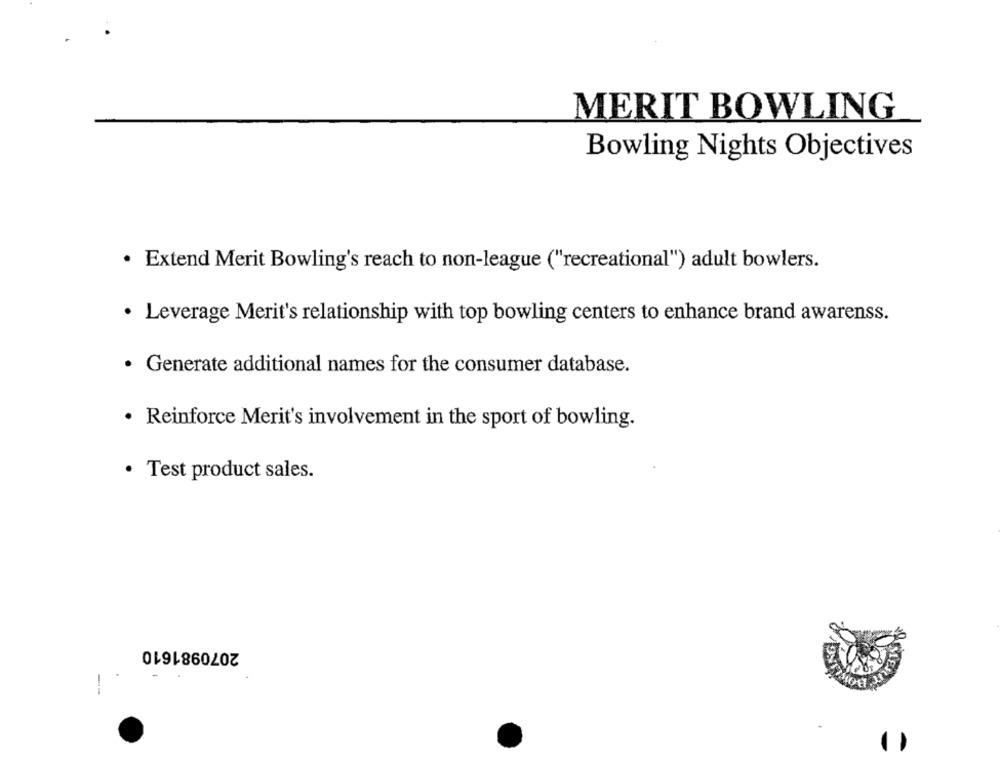
MERIT BOWLING
Bowling Nights Objectives
· Extend Merit Bowling's reach to non-league ("recreational") adult bowlers.
· Leverage Merit's relationship with top bowling centers to enhance brand awarenss.
.
Generate additional names for the consumer database.
· Reinforce Merit's involvement in the sport of bowling.
· Test product sales.
2070981610